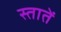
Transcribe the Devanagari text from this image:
स्तातें